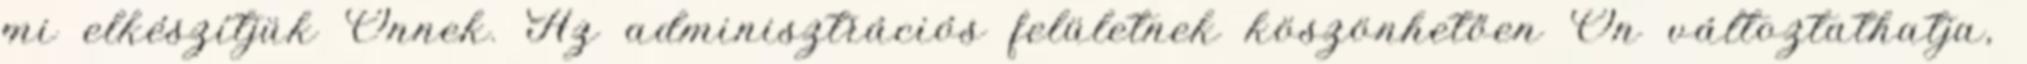
mi elkészítjük Önnek. Az adminisztrációs felületnek köszönhetően Ön változtathatja,